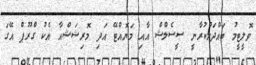
ވޮލީޓީމު ބައްދަލުކުރާނީ ސީސެލްޝް އާއި މަޔޮއްޓޭ އަދި މޮރިޝަޝްއާ އެކު ގްރޫޕް އޭގަ